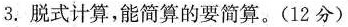
3.脱式计算，能简算的要简算。(12分)